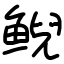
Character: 鲵